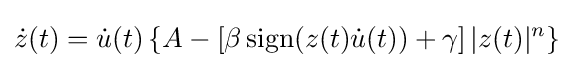
{\dot {z}}(t)={\dot {u}}(t)\left\{A-\left[\beta \operatorname {sign} (z(t){\dot {u}}(t))+\gamma \right]|z(t)|^{n}\right\}